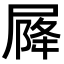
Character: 𡲣